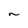
Character: n